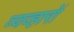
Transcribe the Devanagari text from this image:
व्यव्हारों